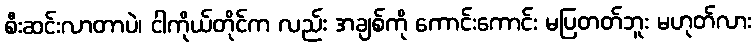
စီးဆင်းလာတာပဲ၊ ငါကိုယ်တိုင်က လည်း အချစ်ကို ကောင်းကောင်း မပြတတ်ဘူး မဟုတ်လား